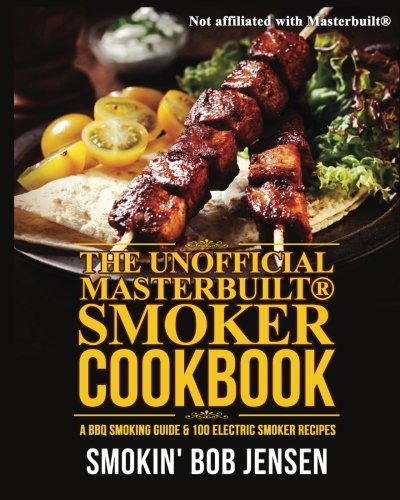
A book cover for The Unofficial Masterbuilt Smoker Cookbook: A BBQ Smoking Guide & 100 Electric Smoker Recipes (Masterbuilt Smoker Series ) (Volume 1); Smokin' Bob Jensen; Cookbooks, Food & Wine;